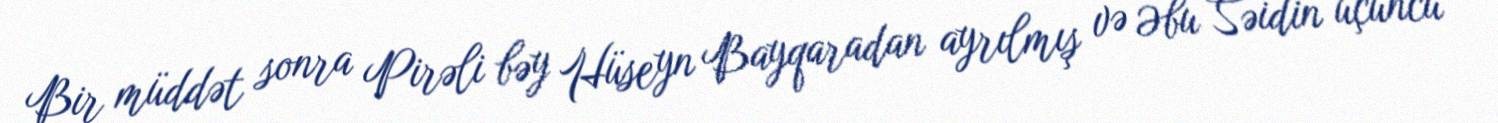
Bir müddət sonra Pirəli bəy Hüseyn Bayqaradan ayrılmış və Əbu Səidin üçüncü